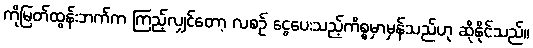
ကိုမြတ်ထွန်းဘက်က ကြည့်လျှင်တော့ လစဉ် ငွေပေးသည့်ကိစ္စမှာမှန်သည်ဟု ဆိုနိုင်သည်။